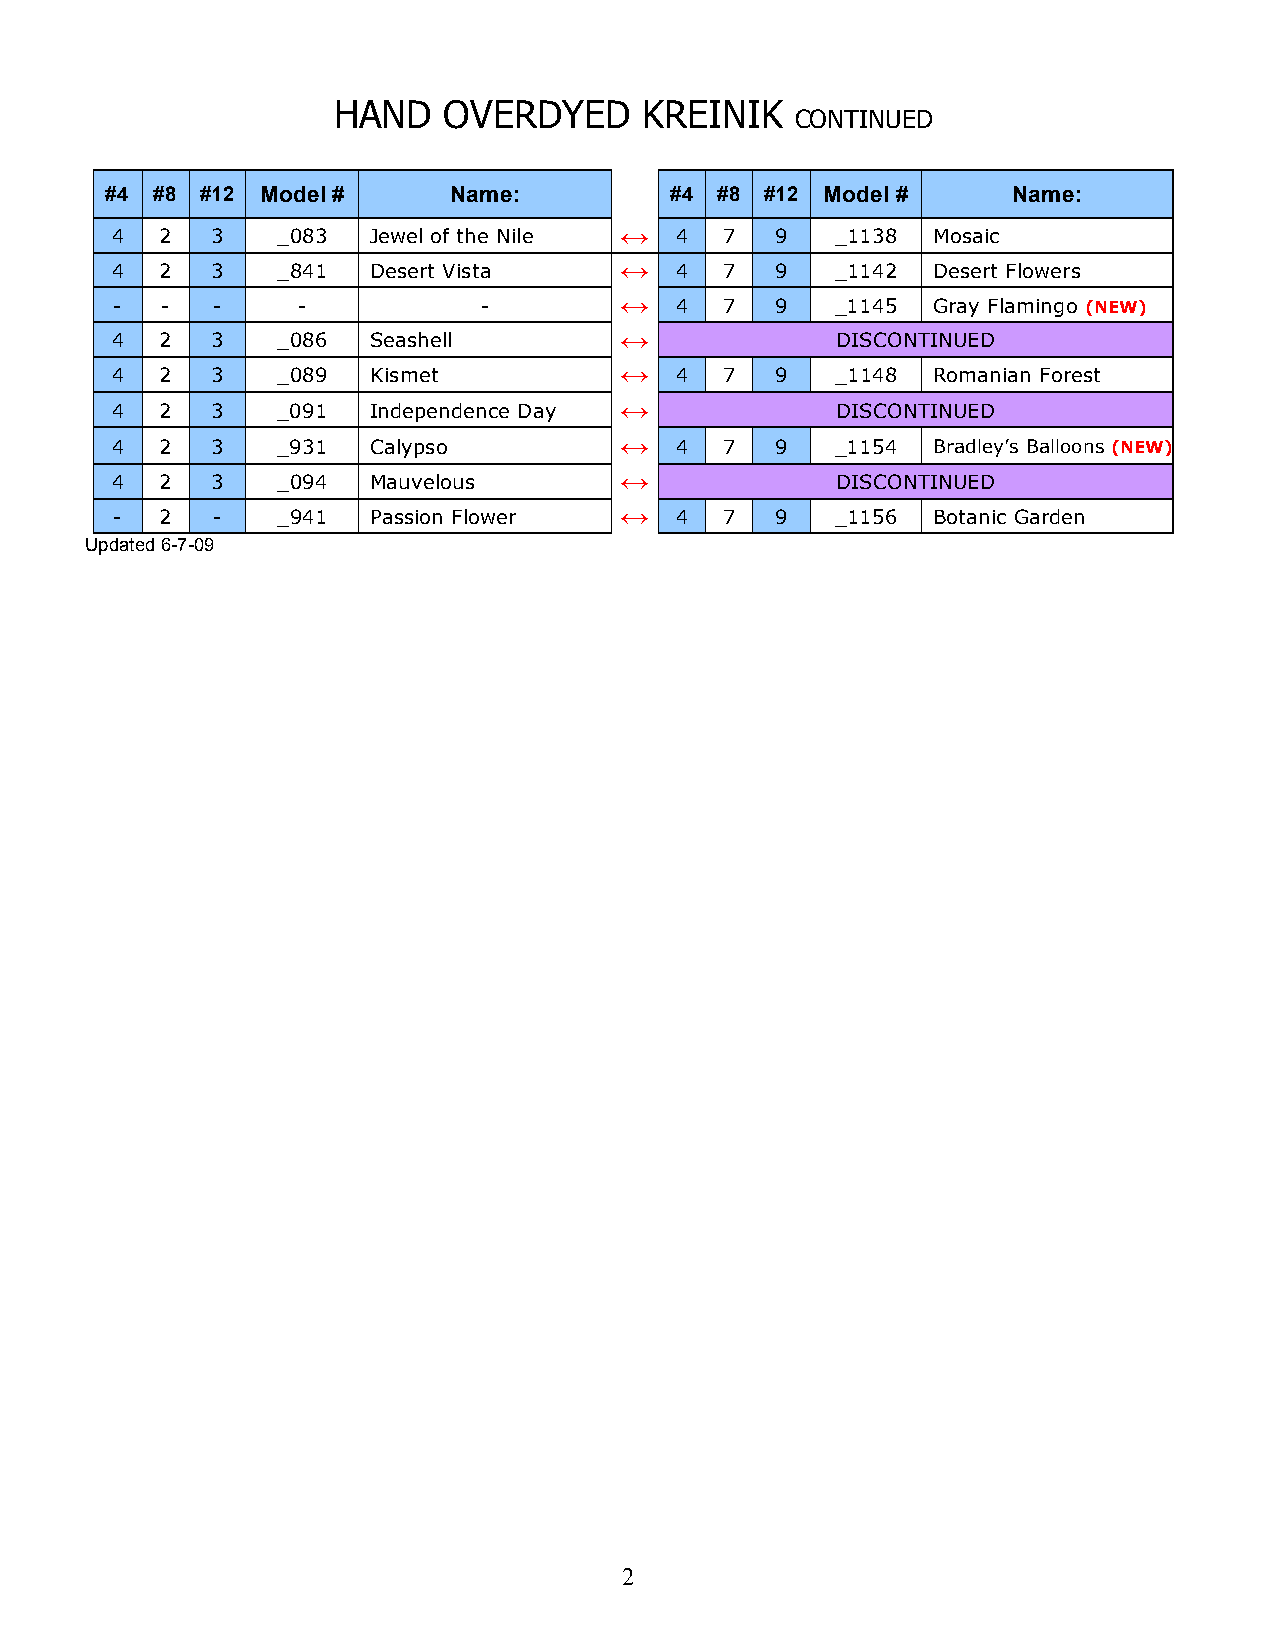
HAND   OVERDYED      KREINIK
 CONTINUED
 #4 #8 #12 Model #      Name:         #4 #8  #12 Model #     Name:
 4   2  3   _083   Jewel of the Nile ↔ 4  7  9   _1138  Mosaic
 4   2  3   _841   Desert Vista    ↔   4  7  9   _1142  Desert Flowers
 -  -  -     -           -        ↔   4  7  9   _1145  Gray Flamingo (NEW)
 4   2  3   _086   Seashell        ↔             DISCONTINUED
 4   2  3   _089   Kismet          ↔   4  7  9   _1148  Romanian Forest
 4   2  3   _091   Independence Day ↔            DISCONTINUED
 4   2  3   _931   Calypso         ↔   4  7  9   _1154  Bradley’s Balloons (NEW)
 4   2  3   _094   Mauvelous       ↔             DISCONTINUED
 -  2  -   _941   Passion Flower  ↔   4  7  9   _1156  Botanic Garden
 Updated 6-7-09
 2